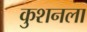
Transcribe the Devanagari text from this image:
कुशनला